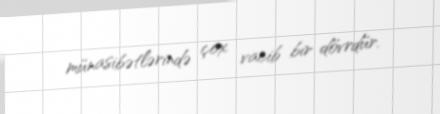
münasibətlərində çox vacib bir dövrdür.